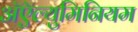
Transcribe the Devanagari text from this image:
अॅऍल्युमिनियम